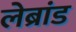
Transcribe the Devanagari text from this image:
लेब्रांड